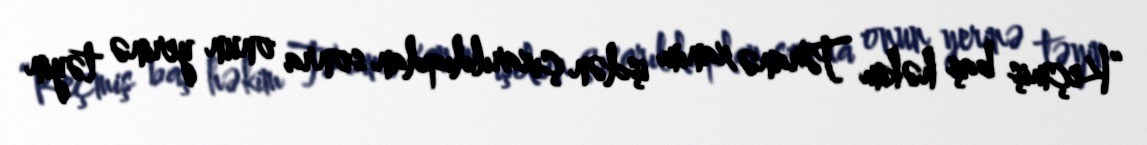
“Keçmiş baş həkim Təranə xanım işdən çıxarıldıqdan sonra onun yerinə təyin